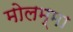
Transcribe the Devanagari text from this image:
मोलम्मा